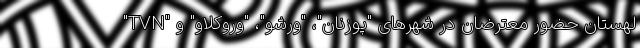
"TVN" لهستان حضور معترضان در شهرهای "پوزنان"، "ورشو"، "وروکلاو" و